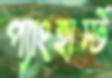
প্যাংহার্স্ট